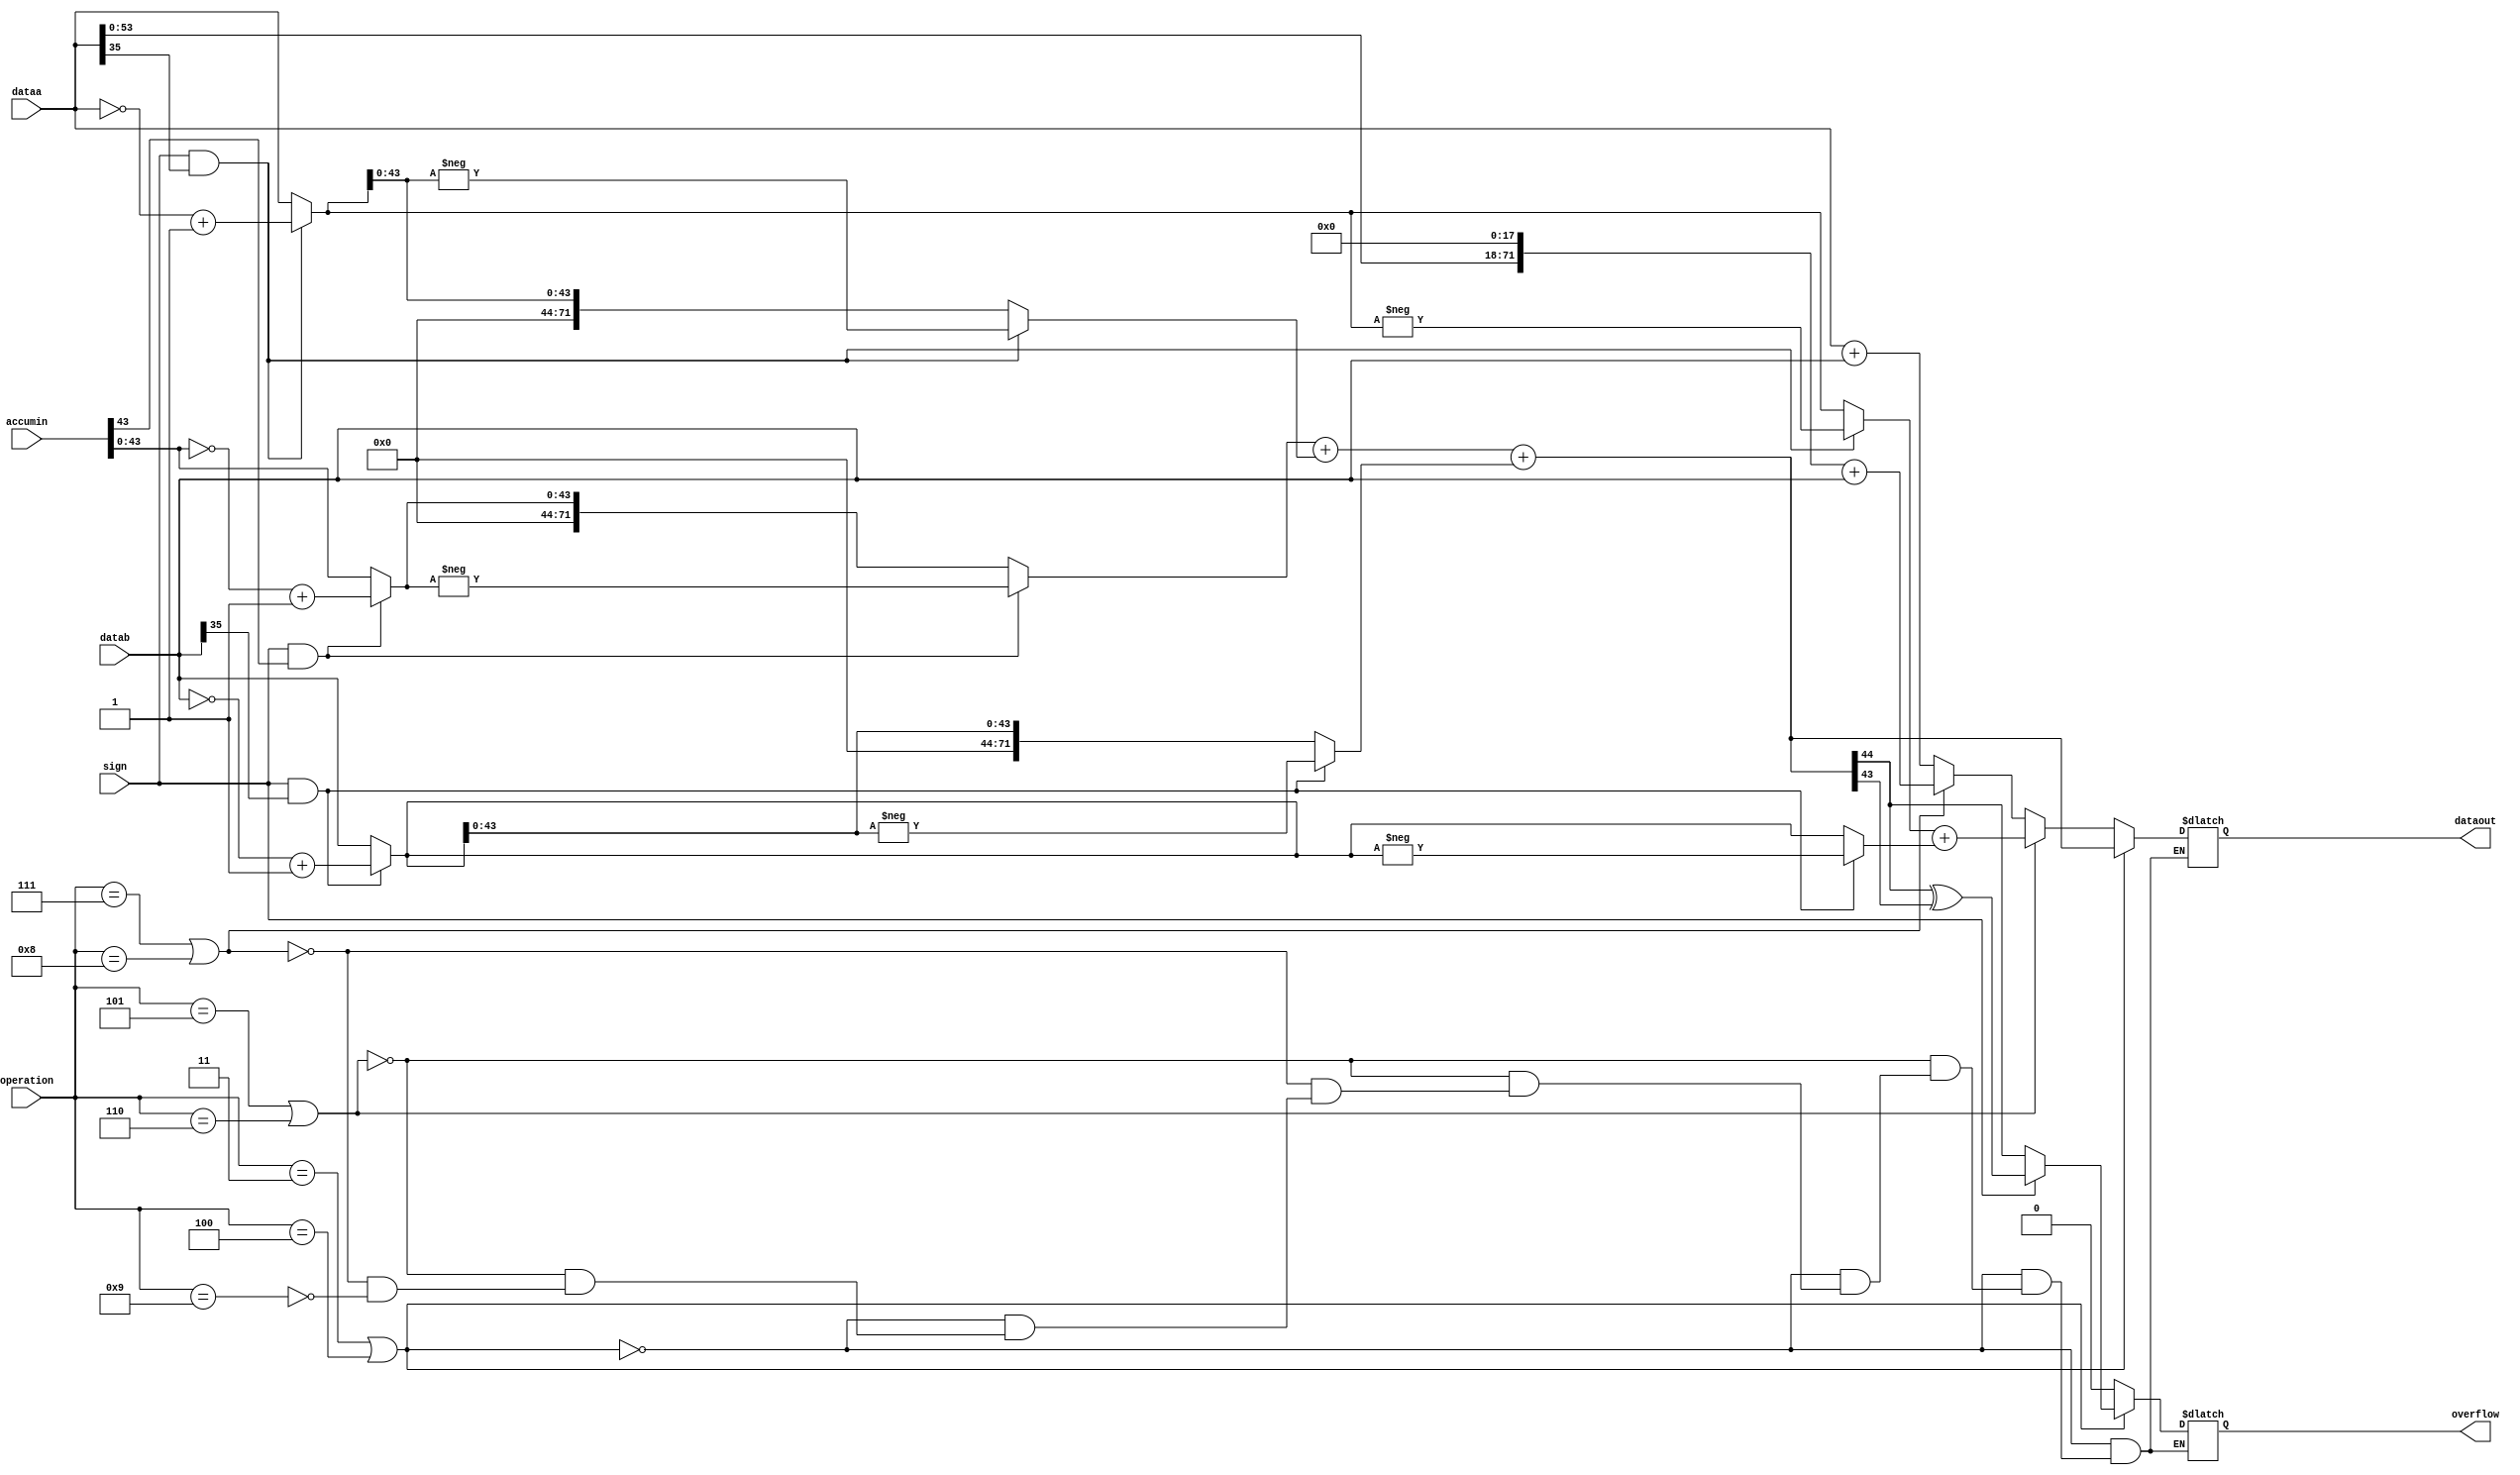
module arriaiigz_second_stage_add_accum(
                                    dataa,
                                    datab,
                                    accumin,
                                    sign,
                                    operation,
                                    dataout,
                                    overflow
                                   );
//PARAMETERS
parameter    dataa_width = 36;
parameter    datab_width = 36;
parameter   accum_width = dataa_width + 8;
parameter ssa_mode = "add";
// INPUT PORTS
input [71 : 0 ]  dataa;
input [71 : 0 ]  datab;
input [71 : 0]   accumin;
input sign;
input [3:0] operation;
// OUTPUT PORTS
output overflow;
output [71  :0] dataout;
//INTERNAL SIGNALS
reg[71 :0] dataout_tmp;
reg [71:0] dataa_tmp;
reg [71:0] datab_tmp;
reg[71:0] accum_tmp;
reg sign_a;
reg sign_b;
reg sign_accum;
reg sign_out;
reg overflow_tmp;
reg [71 :0] abs_a;
reg [71 :0] abs_b;
reg [71 :0] abs_accum;
specify
    (dataa *> dataout)              = (0, 0);
    (datab *> dataout)              = (0, 0);
    (sign *> dataout)               = (0, 0);
    (dataa *> overflow)              = (0, 0);
    (datab *> overflow)              = (0, 0);
    (sign *> overflow)               = (0, 0);
if(operation == 4'b0011 || operation == 4'b0100 )
    (accumin *> dataout)           = (0, 0);
if(operation == 4'b0011 || operation == 4'b0100 )
    (accumin *> overflow)           = (0, 0);
endspecify
//assign the output values
assign dataout = dataout_tmp;
assign overflow = overflow_tmp;
always@(dataa or datab or sign or accumin or operation)
    begin
        sign_accum  = (sign && accumin[accum_width -1]);
        abs_accum = (sign_accum) ? (~accumin + 1'b1) : accumin;
        sign_a  = (sign && dataa[dataa_width-1]);
        abs_a = (sign_a) ? (~dataa + 1'b1) : dataa;
        sign_b  = (sign && datab[datab_width-1]);
        abs_b = (sign_b) ? (~datab + 1'b1) : datab;
        if(operation == 4'b0011 || operation == 4'b0100 )//Accumultor or Accumulator chainout
            begin
                if (ssa_mode == "add")
                    dataout_tmp = (sign_accum ? -abs_accum[accum_width -1 : 0] : abs_accum[accum_width -1 : 0]) + (sign_a ? -abs_a[accum_width -1 : 0] : abs_a[accum_width -1 : 0]) + (sign_b ? -abs_b[accum_width -1 : 0] : abs_b[accum_width -1 : 0]);
                else
                    dataout_tmp = (sign_accum ? -abs_accum[accum_width -1 : 0] : abs_accum[accum_width -1 : 0]) - (sign_a ? -abs_a[accum_width -1 : 0] : abs_a[accum_width -1 : 0]) - (sign_b ? -abs_b[accum_width -1 : 0] : abs_b[accum_width -1 : 0]);
                if(sign)
                    overflow_tmp = dataout_tmp[accum_width] ^ dataout_tmp[accum_width -1];
                else
                    begin
                        if(ssa_mode == "add")
                            overflow_tmp = dataout_tmp[accum_width];
                        else
                            overflow_tmp = 1'bX;
                    end
            end
        else if( operation == 4'b0101 || operation == 4'b0110)// two level adder or two level with chainout
            begin
                dataout_tmp = (sign_a ? -abs_a : abs_a) + (sign_b ?-abs_b : abs_b);
                overflow_tmp = 'b0;
            end
        else if(( operation == 4'b0111) ||(operation == 4'b1000)) //36 bit multiply; shift and add
            begin
                dataout_tmp[71:0] = {dataa[53:0],18'b0} + datab;
                overflow_tmp = 'b0;
            end
        else if(( operation == 4'b1001) ) //double mode
            begin
                dataout_tmp[71:0] = dataa + datab;
                overflow_tmp = 'b0;
            end
    end
endmodule